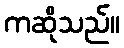
ကဆိုသည်။